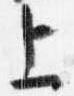
上